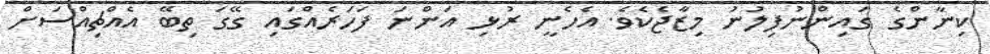
ކިނާންގެ ގައިންނުފިލުނު މިޒާޖެކެވެ. އެހެނީ ރުޅި އަންނަ ފަހަރެއްގައި ގޭގަ ތިބޭ އެއްޗިއްސަށް